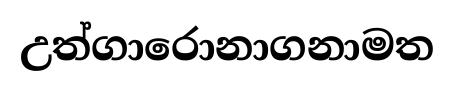
උත්ගාරොනාගනාමත